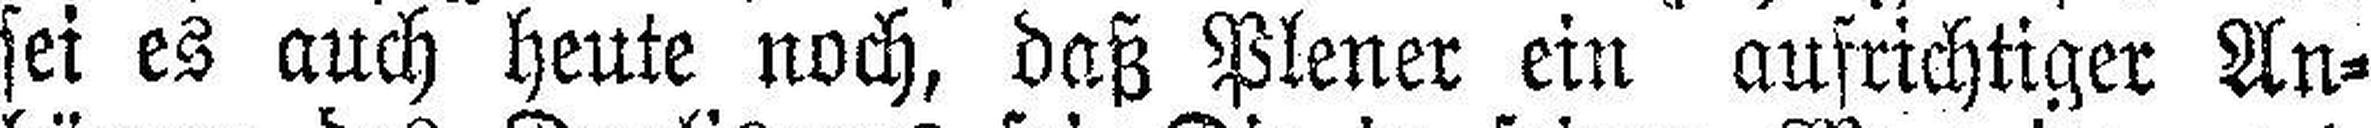
sei es auch heute noch, daß Plener ein aufrichtiger An¬